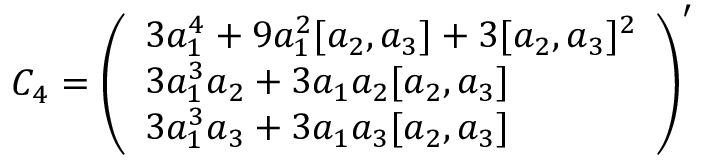
{ \cal C } _ { 4 } = \left( \begin{array} { l } { { 3 a _ { 1 } ^ { 4 } + 9 a _ { 1 } ^ { 2 } [ a _ { 2 } , a _ { 3 } ] + 3 [ a _ { 2 } , a _ { 3 } ] ^ { 2 } } } \\ { { 3 a _ { 1 } ^ { 3 } a _ { 2 } + 3 a _ { 1 } a _ { 2 } [ a _ { 2 } , a _ { 3 } ] } } \\ { { 3 a _ { 1 } ^ { 3 } a _ { 3 } + 3 a _ { 1 } a _ { 3 } [ a _ { 2 } , a _ { 3 } ] } } \end{array} \right) ^ { \prime }